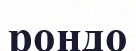
рондо